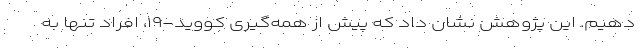
دهیم. این پژوهش نشان داد که پیش از همه‌گیری کووید-۱۹، افراد تنها به